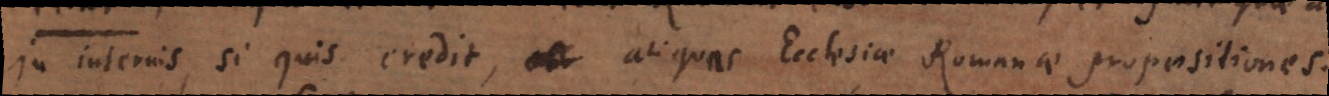
In internis, si quis credit, aliquas Ecclesiae Romanae propositiones.